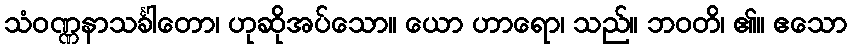
သံဝဏ္ဏနာသင်္ခါတော၊ ဟုဆိုအပ်သော။ ယော ဟာရော၊ သည်။ ဘဝတိ၊ ၏။ ဧသော